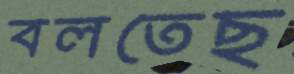
বলতেছ